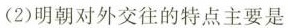
(2) 明朝对外交往的特点主要是